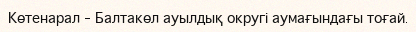
Көтенарал – Балтакөл ауылдық округі аумағындағы тоғай.